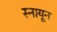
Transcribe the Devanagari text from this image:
स्नायून